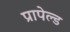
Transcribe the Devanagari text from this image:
प्रापेल्ड